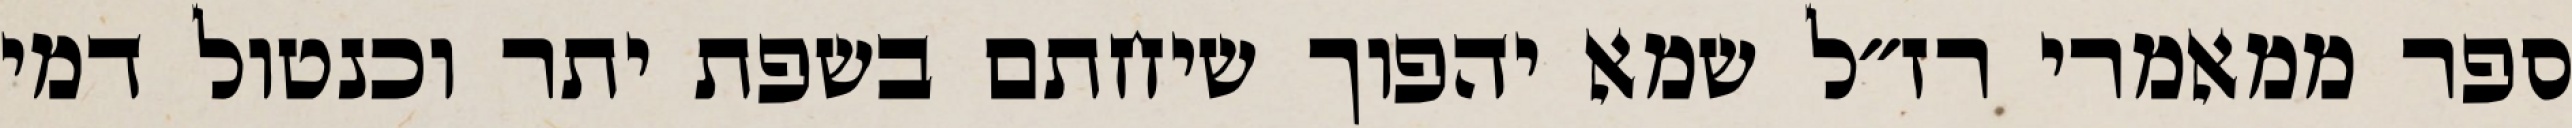
ספר ממאמרי רז״ל שמא יהפוך שיחתם בשפת יתר וכנטול דמי